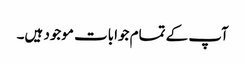
آپ کے تمام جوابات موجود ہیں۔